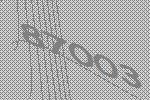
87003